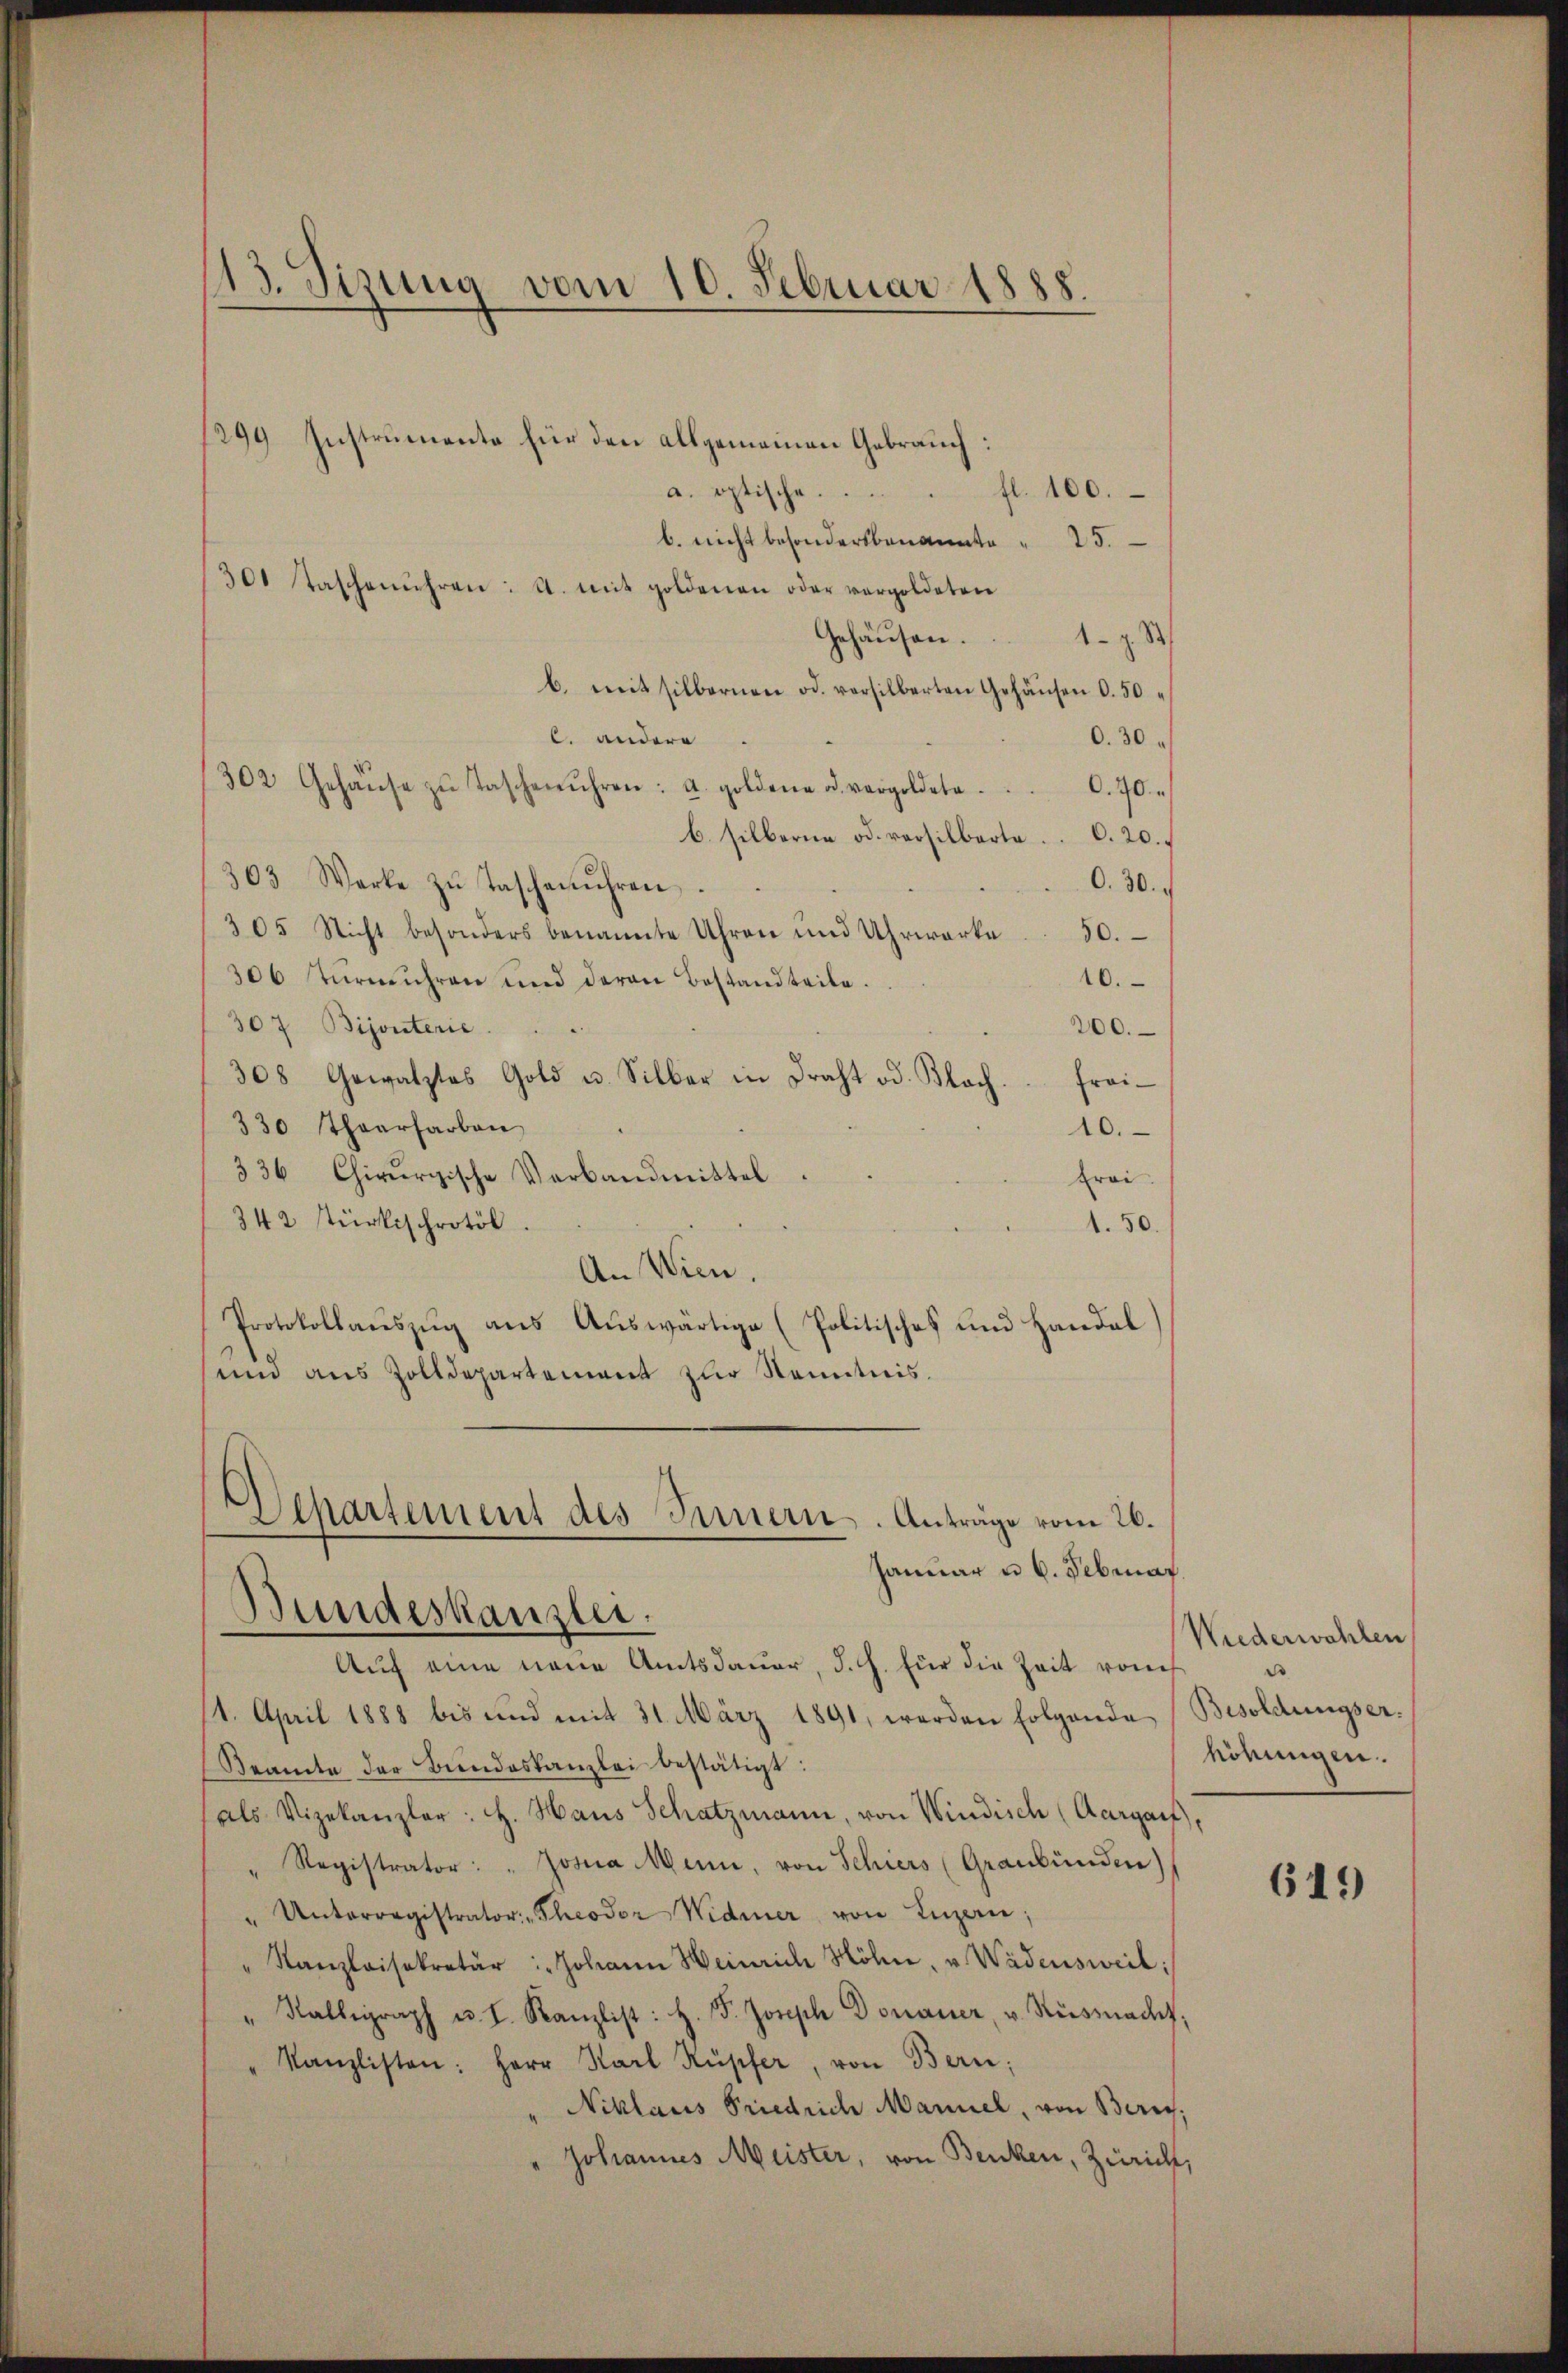
13. Sizung vom 10. Februar 1888.

1299 Instrumente für den allgemeinen Gebrauch:
a. optische.  ..  .. . fl. 100.
b. nicht besonderbenannte " 25.
301 taschenuhren: A. mit goldenen oder vergoldeten
1 - 2. S
Gehäusen.
b. mit silbernen od. versilberten Gehäŭsen 0.50 "
c. andere
0. 30
302 Gehaŭse zŭ Taschenuhren: a. goldene od. vergoldete . . . . 70.
b. silberne od. versilbarte . . . 20.
303 Warte zŭ Taschenuhren.
0. 30.
305 Nicht besonders benannte Uhren und Uhrwerke . . 50.
10.
306 Tŭrmŭhren und daran Bestandteile.
307 Bijouterie
200.
308 Gewatztes Gold u. Silber in Draht od. Klach.  Frai-
330 Thaarharben
10.
336 Chirurgische Verbandmittel
frei.
342 türkischrotöl
1.50.
An Wien.
Protokollaŭszŭg ans Auswärtige (Politisches und Handel
und aus Zolldepartement zŭr Senntnis.
Departement des Innern. Anträge vom 26.
Januar u. 6. Februar
Bundeskanzlei.
Auf eine neue Amtsdauer, d. h. für die Zeit von
11. April 1888 bis und mit 31. März 1891, werden folgende
Beamte der Bundeskanzlei bestätigt:
als Vizekanzler: H. Haus Schatzmann, von Windisch (Aargarf,
Registrator: " Josia Mene, von Schiers (Graubünden)
Unterregistrator Theodor Widmer von Luzern;
Kanzleisekretär: Johann Heinrich Höhn, u Wädensweil:
Karaph u. I. Kanzlist: H. P. Joseph Donauer, u. Süsmadet,
Kanzlisten: Herr Karl Küpfer, von Bern;
Niklaus Friedrich Mannel, von Zürich,
Johannes Meister, von Benken, Zürich,

Niederwahlen
e
Besoldungser.
höhungen.

619